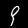
Label: 9